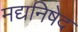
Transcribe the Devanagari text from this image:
मद्यनिषेद